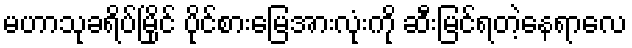
မဟာသုခရိပ်မြိုင် ပိုင်စားမြေအားလုံးကို ဆီးမြင်ရတဲ့နေရာလေ